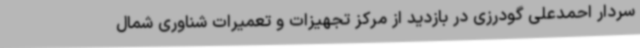
سردار احمدعلی گودرزی در بازدید از مرکز تجهیزات و تعمیرات شناوری شمال